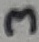
Text: 3